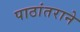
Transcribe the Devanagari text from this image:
पाठांतराने